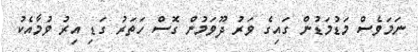
ނަމަވެސް މަޑުމަޑުން ގައިގެ ވަރު ދޫވަމުން ގޮސް ހަތަރު ގަޑި އިރު ވުމާއެކު